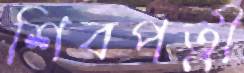
শিবপত্নী